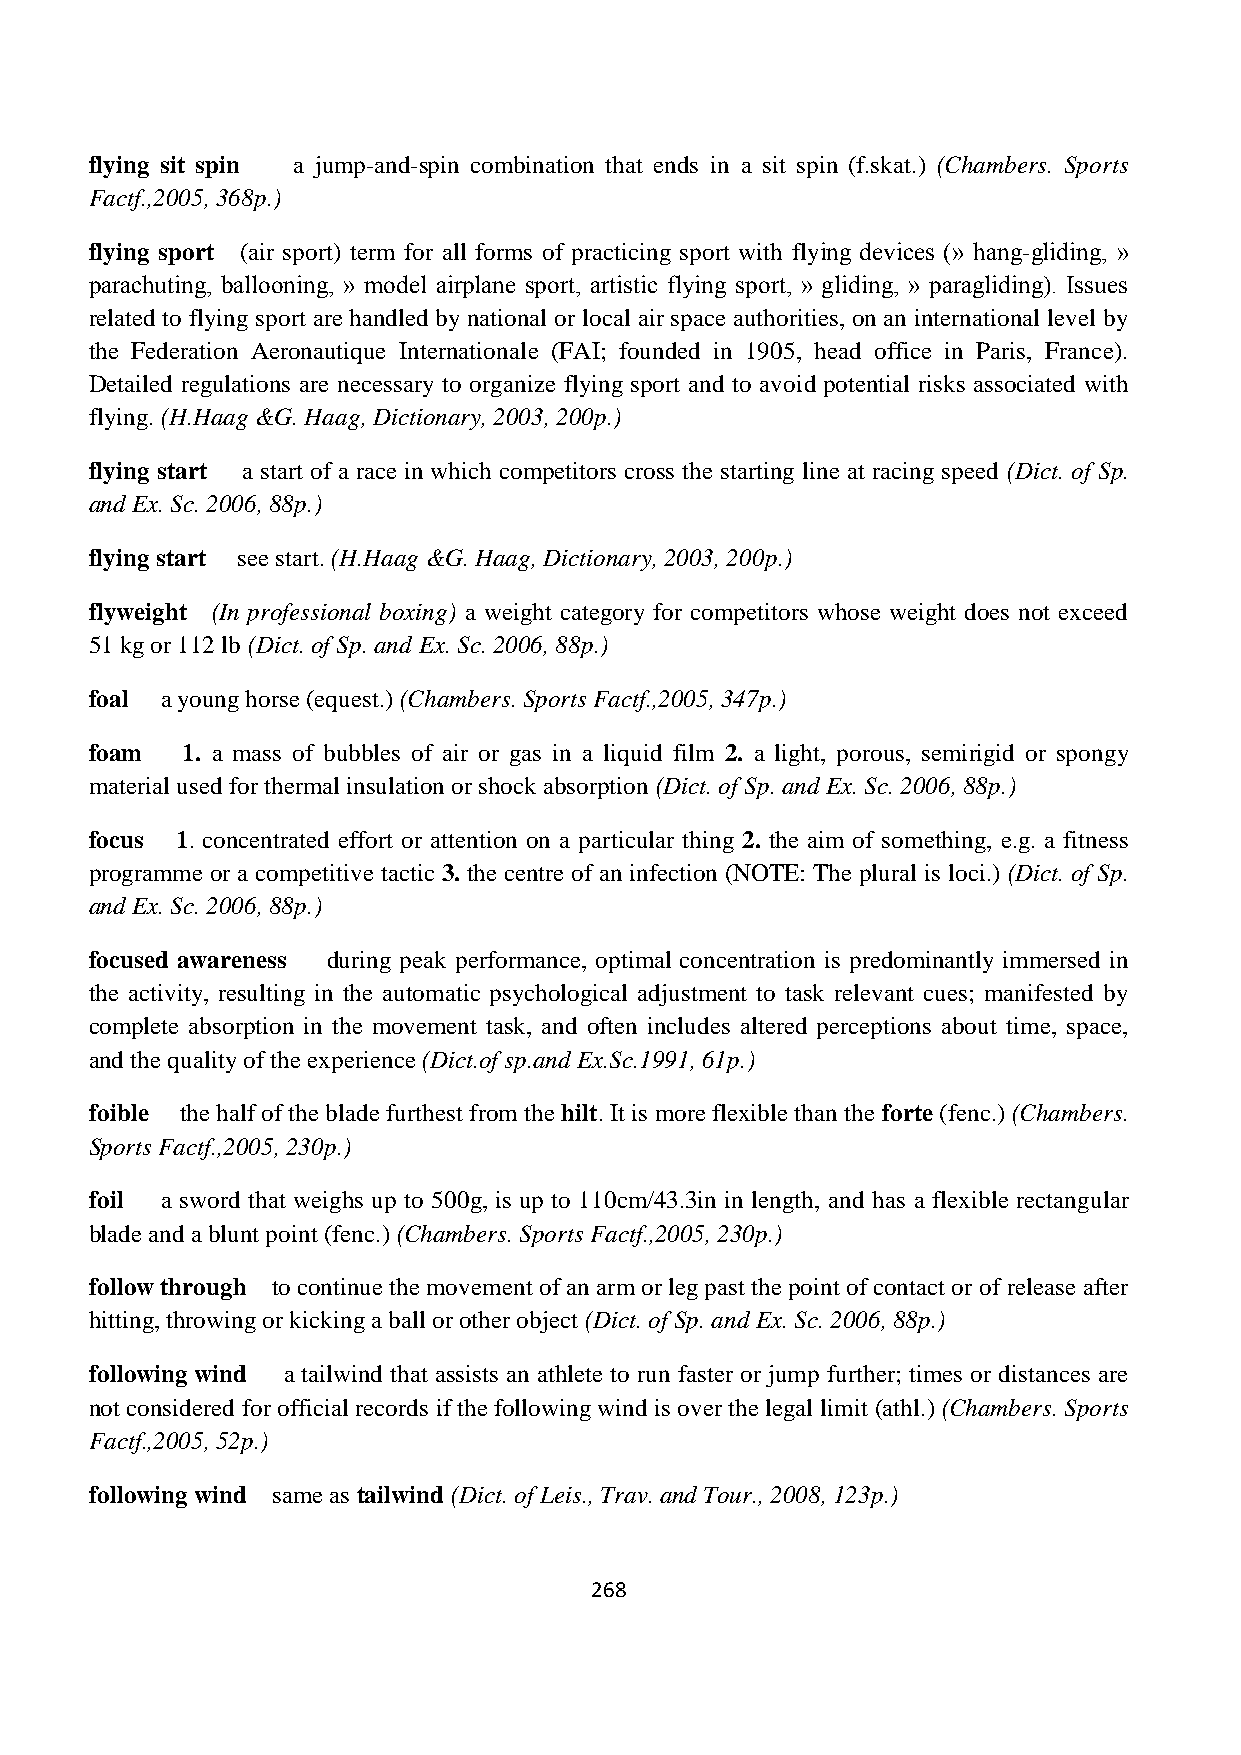
flying sit spin a jump-and-spin combination that ends in a sit spin (f.skat.) (Chambers. Sports
 Factf.,2005, 368p.)
 flying sport (air sport) term for all forms of practicing sport with flying devices (» hang-gliding, »
 parachuting, ballooning, » model airplane sport, artistic flying sport, » gliding, » paragliding). Issues
 related to flying sport are handled by national or local air space authorities, on an international level by
 the Federation Aeronautique Internationale (FAI; founded in 1905, head office in Paris, France).
 Detailed regulations are necessary to organize flying sport and to avoid potential risks associated with
 flying. (H.Haag &G. Haag, Dictionary, 2003, 200p.)
 flying start a start of a race in which competitors cross the starting line at racing speed (Dict. of Sp.
 and Ex. Sc. 2006, 88p.)
 flying start see start. (H.Haag &G. Haag, Dictionary, 2003, 200p.)
 flyweight (In professional boxing) a weight category for competitors whose weight does not exceed
 51 kg or 112 lb (Dict. of Sp. and Ex. Sc. 2006, 88p.)
 foal a young horse (equest.) (Chambers. Sports Factf.,2005, 347p.)
 foam  1. a mass of bubbles of air or gas in a liquid film 2. a light, porous, semirigid or spongy
 material used for thermal insulation or shock absorption (Dict. of Sp. and Ex. Sc. 2006, 88p.)
 focus 1. concentrated effort or attention on a particular thing 2. the aim of something, e.g. a fitness
 programme or a competitive tactic 3. the centre of an infection (NOTE: The plural is loci.) (Dict. of Sp.
 and Ex. Sc. 2006, 88p.)
 focused awareness during peak performance, optimal concentration is predominantly immersed in
 the activity, resulting in the automatic psychological adjustment to task relevant cues; manifested by
 complete absorption in the movement task, and often includes altered perceptions about time, space,
 and the quality of the experience (Dict.of sp.and Ex.Sc.1991, 61p.)
 foible the half of the blade furthest from the hilt. It is more flexible than the forte (fenc.) (Chambers.
 Sports Factf.,2005, 230p.)
 foil a sword that weighs up to 500g, is up to 110cm/43.3in in length, and has a flexible rectangular
 blade and a blunt point (fenc.) (Chambers. Sports Factf.,2005, 230p.)
 follow through to continue the movement of an arm or leg past the point of contact or of release after
 hitting, throwing or kicking a ball or other object (Dict. of Sp. and Ex. Sc. 2006, 88p.)
 following wind a tailwind that assists an athlete to run faster or jump further; times or distances are
 not considered for official records if the following wind is over the legal limit (athl.) (Chambers. Sports
 Factf.,2005, 52p.)
 following wind same as tailwind (Dict. of Leis., Trav. and Tour., 2008, 123p.)
 268